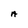
Character: A